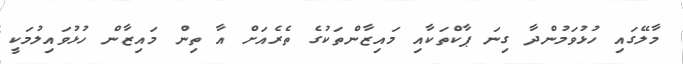
މާލޭގައި ހުޅުވަމުންދާ ގިނަ ޕާކްތަކާއި މައިޒާންތަކުގެ ތެރެއަށް އާ ތިން މައިޒާން ހުޅުވައިލުމަކީ